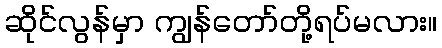
ဆိုင်လွန်မှာ ကျွန်တော်တို့ရပ်မလား။